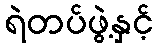
ရဲတပ်ဖွဲ့နှင့်